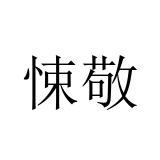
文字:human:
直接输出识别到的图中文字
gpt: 悚敬